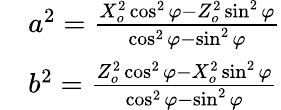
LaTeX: \begin{array}{rl}&{a^{2}=\frac{X_{o}^{2}\cos^{2}\varphi-Z_{o}^{2}\sin^{2}\varphi}{\cos^{2}\varphi-\sin^{2}\varphi}}\\ &{b^{2}=\frac{Z_{o}^{2}\cos^{2}\varphi-X_{o}^{2}\sin^{2}\varphi}{\cos^{2}\varphi-\sin^{2}\varphi}}\end{array}